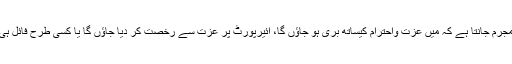
ہمارے ہاں ایک مجرم جانتا ہے کہ میں عزت واحترام کیساتھ بری ہو جاؤں گا، ائیرپورٹ پر عزت سے رخصت کر دیا جاؤں گا یا کسی طرح فائل ہی کلوز کروادونگا۔